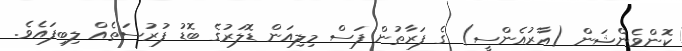
ކޮންވެންޝަން (އާރުއެންސީ) ގެ ފަރާތުން ފަސް މިލިއަން ޑޮލަރުގެ ބޮޑު ފުރުސަތެއް ލިބިފައެވެ.